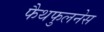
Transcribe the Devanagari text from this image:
फैथफुलनेस